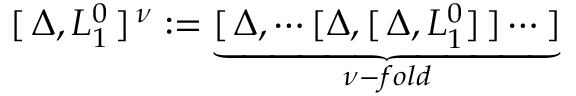
[ \, \Delta , L _ { 1 } ^ { 0 } \, ] ^ { \, \nu } : = \underbrace { [ \, \Delta , \cdots [ \Delta , [ \, \Delta , L _ { 1 } ^ { 0 } ] \, ] \cdots \, ] } _ { \nu - f o l d }